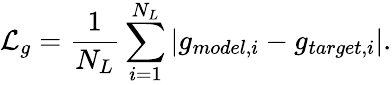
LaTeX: \mathcal{L}_{g}=\frac{1}{N_{L}}\sum_{i=1}^{N_{L}}|{g}_{model,i}-{g}_{target,i}|.